Report of an investigation into the causes of malaria in Bombay and the measures necessary for its control
Disease focus: Malaria
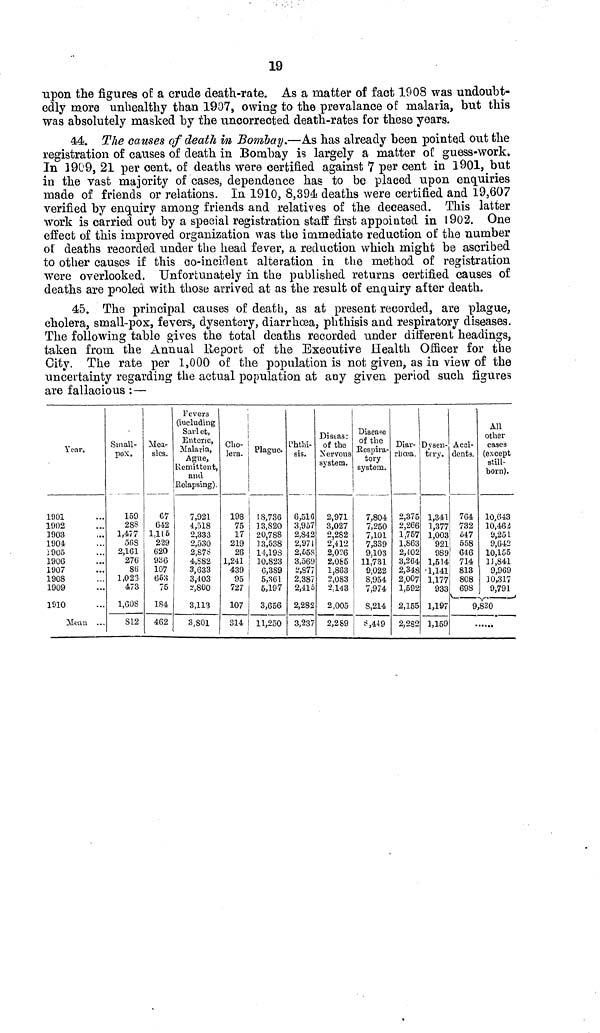
19
upon the figures of: a crude death-rate. As a matter of fact 1908 was undoubt-
edly more unhealthy than 1907, owing to the prevalance of malaria, but this
was absolutely masked by the uncorrected death-rates for these years.
44. The causes of death in Bombay.—As has already been pointed out the
registration of causes of death in Bombay is largely a matter of guess-work.
In 1909, 21 per cent. of deaths were certified against 7 per cent in 1901, but
in the vast majority of cases, dependence has to be placed upon enquiries
made of friends or relations. In 1910, 8,394 deaths were certified and 19,607
verified by enquiry among friends and relatives of the deceased. This latter
work is carried out by a special registration staff first appointed in 1902. One
effect of this improved organization was the immediate reduction of the number
of deaths recorded under the head fever, a reduction which might be ascribed
to other causes if this co-incident alteration in the method of registration
were overlooked. Unfortunately in the published returns certified causes of
deaths are pooled with those arrived at as the result of enquiry after death.
45. The principal causes of death, as at present recorded, are plague,
cholera, small-pox, fevers, dysentery, diarrhoea, phthisis and respiratory diseases.
The following table gives the total deaths recorded under different headings,
taken from the Annual Report of the Executive Health Officer for the
City. The rate per 1,000 of the population is not given, as in view of the
uncertainty regarding the actual population at any given period such figures
are fallacious :—
Year.
1901
1902
1903
1904
1905
190G
1907
1908
1909
1810
Mean ...
Small-
pox.
159
28S
1,477
56S
2,161
276
86
1,023
473
l.GOS
S12
Mea-
sles.
67
642
1,116
229
620
93 6
107
65o
75
184
462
Fevers
(iucluding
Sarl et,
Enteric,
Malaria,
Ague,
Remittent,
and
Relapsing).
7,921
4,518
2,333
2,530
2,S7S
4,S82
3,633
3,403
2,800
3,113
3,801
Cho-
lera.
198
75
17
219
26
1,241
439
95
727
107
314
Plague.
18,736
13,820
20,788
] 3,538
1-4,198
10,823
G,389
5,061
5,197
3,656
11,250
Phthi-
sis.
6,510
3,957
2,S42
2,971
2,658
3,569
i',377
2,387
2,41o
2,282
3,237
Distas;
of the
Nervous
system.
2,971
3,027
2,282
2,412
2,026
2,085
1,863
2,083
2.143
2.005
2,289
Disease
of the
Respira-
tory
system.
7,804
7,250
7,101
7,339
9,103
11,731
9,022
8,954
7,974
8,214
$,449
Diar-
rhoea.
2,375
2,266
1,757
1,863
2,402
3,264
2,348
2,007
1,592
2,155
2,282
Dysen-
tery.
1,341
1,377
1,003
921
989
1,514
1,141
1,177
933
1,197
1,159
Acci-
dents.
764
732
Ö47
558
646
714
813
808
698
All
other
cases
(except
still-
born).
10,643
10,46 i
9,25 L
9,642
10,155
1],841
9,969
30,317
9,791
9,830
•